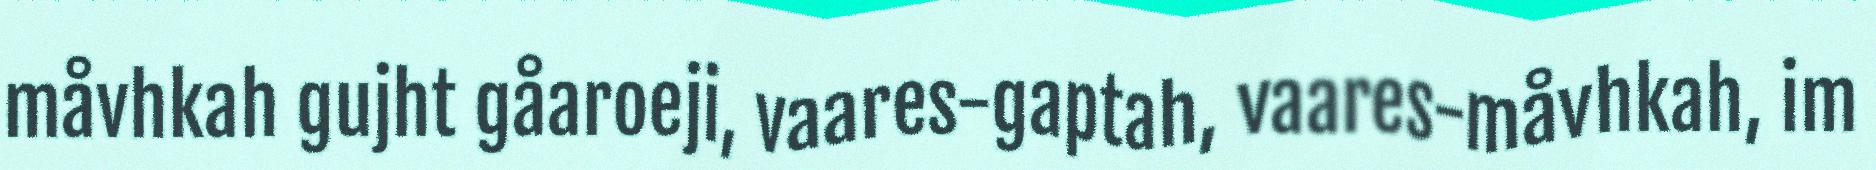
måvhkah gujht gåaroeji, vaares-gaptah, vaares-måvhkah, im